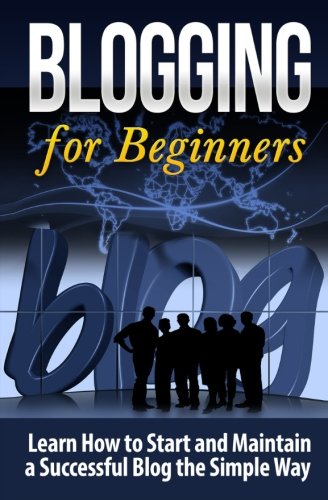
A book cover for Blogging for Beginners: Learn How to Start and Maintain a Successful Blog the Simple Way (Blogging Strategies) (Volume 1); Terence Lawfield; Computers & Technology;